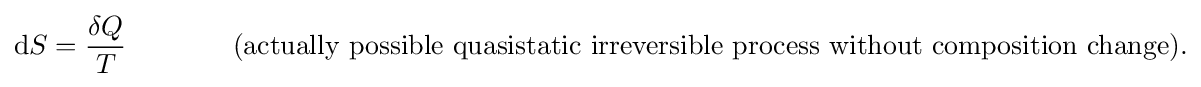
\mathrm {d} S={\frac {\delta Q}{T}}\,\,\,\,\,\,\,\,\,\,\,\,\,\,\,\,\,\,\,\,\,\,\,{\text{(actually possible quasistatic irreversible process without composition change).}}